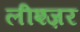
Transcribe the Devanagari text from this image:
लीश्ज़र